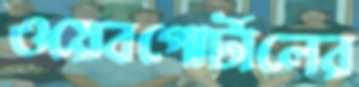
ওয়েবপোর্টালের